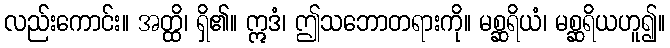
လည်းကောင်း။ အတ္ထိ၊ ရှိ၏။ ဣဒံ၊ ဤသဘောတရားကို။ မစ္ဆရိယံ၊ မစ္ဆရိယဟူ၍။